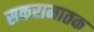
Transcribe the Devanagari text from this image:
सकरामातक